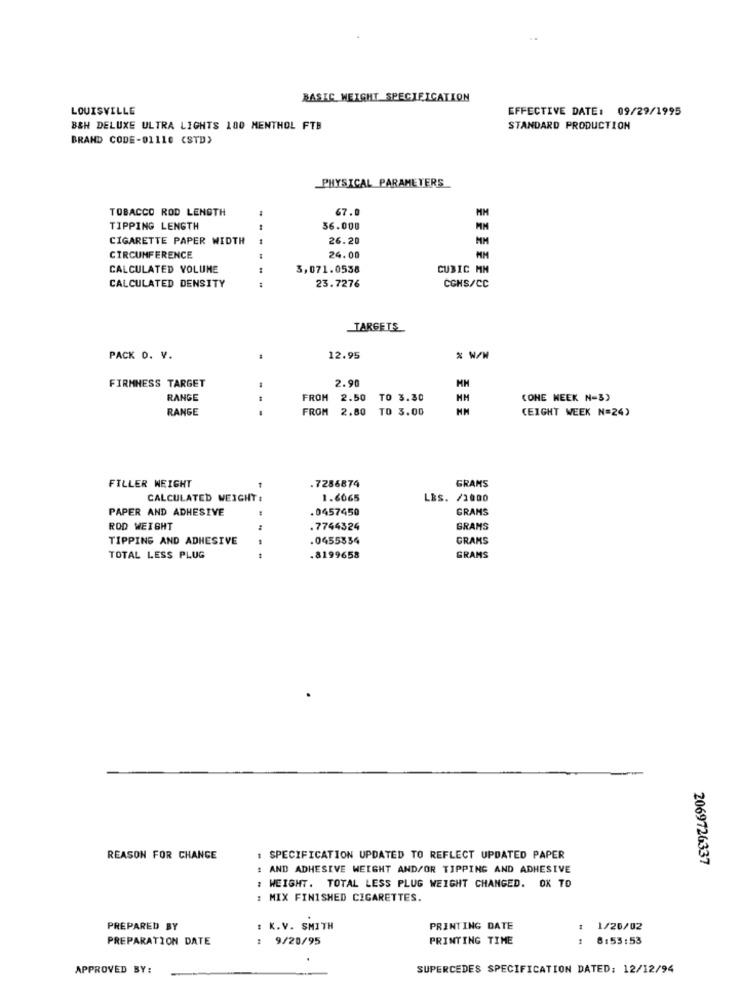
BASIC WEIGHT SPECIEICATION
LOUISVILLE
EFFECTIVE DATE: 09/29/1995
B&H DELUXE ULTRA LIGHTS 100 MENTHOL FTB
STANDARD PRODUCTION
BRAND CODE-01110 (STD>
PHYSICAL PARAMETERS
TOBACCO ROD LENGTH
67.0
MM
TIPPING LENGTH
36.000
CIGARETTE PAPER WIDTH
26.20
CIRCUMFERENCE
24.00
CALCULATED VOLUME
3,071.0538
CUBIC MM
CALCULATED DENSITY
23.7276
CONS/CC
TARGETS
PACK O. V.
12.95
% W/W
2.90
FIRMNESS TARGET
RANGE
FROM
2.50
TO 3.30
(ONE WEEK N-3)
RANGE
FROM
2.80
TO 3.00
(EIGHT WEEK N=24)
.7286874
FILLER WEIGHT
GRAMS
CALCULATED WEIGHT :
1.6065
LBS. /2000
PAPER AND ADHESIVE
.0457450
GRAMS
ROD WEIGHT
.7744324
GRAMS
TIPPING AND ADHESIVE
.0455354
GRAMS
TOTAL LESS PLUG
.8199658
GRAMS
REASON FOR CHANGE
: SPECIFICATION UPDATED TO REFLECT UPDATED PAPER
2069726337
: AND ADHESIVE WEIGHT AND/OR TIPPING AND ADHESIVE
WEIGHT. TOTAL LESS PLUG WEIGHT CHANGED. OX TO
: MIX FINISHED CIGARETTES.
PREPARED BY
: K.V. SMITH
PRINTING DATE
1/20/02
PREPARATION DATE
: 9/20/95
PRINTING TIME
8:53:53
APPROVED BY:
SUPERCEDES SPECIFICATION DATED: 12/12/94